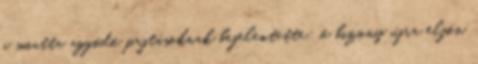
a miatta aggódó pajtásoknak bejelentette: ő bizony újra eljön